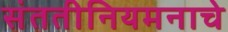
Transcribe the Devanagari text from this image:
संततीनियमनाचे